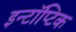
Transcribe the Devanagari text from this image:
इन्टॉप्टिक